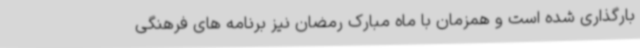
بارگذاری شده است و همزمان با ماه مبارک رمضان نیز برنامه های فرهنگی